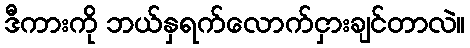
ဒီကားကို ဘယ်နှရက်လောက်ငှားချင်တာလဲ။